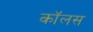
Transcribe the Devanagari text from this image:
कॉलस